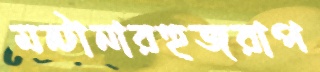
মন্টানারহুজরাপ